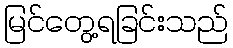
မြင်တွေ့ရခြင်းသည်